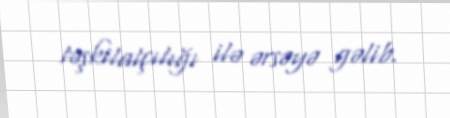
təşkilatçılığı ilə ərsəyə gəlib.